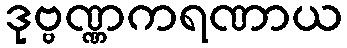
ဒုဗ္ဗဏ္ဏကရဏာယ